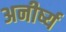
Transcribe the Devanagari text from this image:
अनीर्ष्य